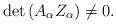
LaTeX: \begin{align*}\det \left( A_\alpha Z_\alpha \right) \neq 0.\end{align*}